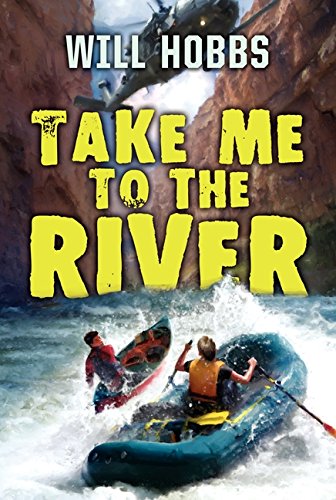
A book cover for Take Me to the River; Will Hobbs; Children's Books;